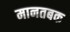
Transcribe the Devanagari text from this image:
मानतबक